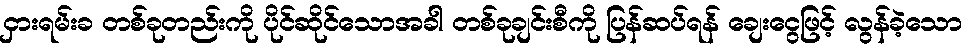
ငှားရမ်းခ တစ်ခုတည်းကို ပိုင်ဆိုင်သောအခါ တစ်ခုချင်းစီကို ပြန်ဆပ်ရန် ချေးငွေဖြင့် လွန်ခဲ့သော